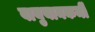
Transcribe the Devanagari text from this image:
वायुयानकर्मी